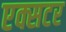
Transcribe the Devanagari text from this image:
एक्सटर